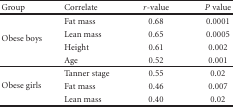
| Group | Correlate | r-value | P value |
 | --- | --- | --- | --- |
 | <ROWSPAN=4> Obese boys | Fat mass | 0.68 | 0.0001 |
 | Lean mass | 0.65 | 0.0005 |
 | Height | 0.61 | 0.002 |
 | Age | 0.52 | 0.001 |
 | <ROWSPAN=3> Obese girls | Tanner stage | 0.55 | 0.02 |
 | Fat mass | 0.46 | 0.007 |
 | Lean mass | 0.40 | 0.02 |